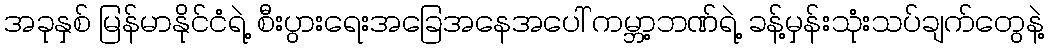
အခုနှစ် မြန်မာနိုင်ငံရဲ့ စီးပွားရေးအခြေအနေအပေါ် ကမ္ဘာ့ဘဏ်ရဲ့ ခန့်မှန်းသုံးသပ်ချက်တွေနဲ့